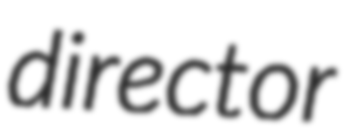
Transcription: director